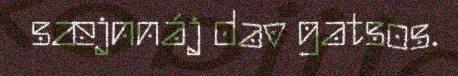
sæjnnáj dav gatsos.